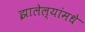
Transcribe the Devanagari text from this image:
झालेल्यांमधे